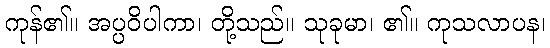
ကုန်၏။ အပ္ပဝိပါကာ၊ တို့သည်။ သုခုမာ၊ ၏။ ကုသလာပန၊